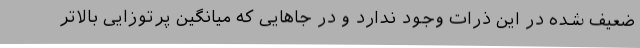
ضعیف شده در این ذرات وجود ندارد و در جاهایی که میانگین پرتوزایی بالاتر